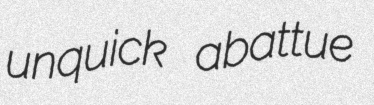
unquick abattue